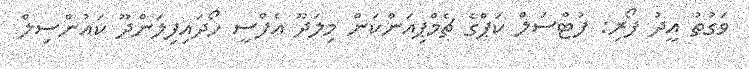
ވަގުތު އީދު ފޯރި: ފުޓްސަލް ކަޕްގެ ޗެމްޕިއަންކަން މިލަދޫ އެފްސީ ހޯދައިފިލަންދޫ ކައުންސިލް